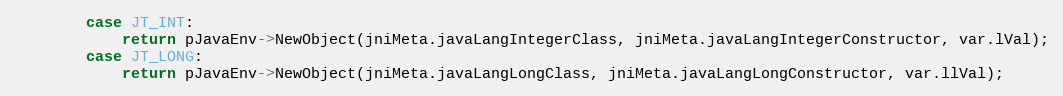
Language: C++
		case JT_INT:
			return pJavaEnv->NewObject(jniMeta.javaLangIntegerClass, jniMeta.javaLangIntegerConstructor, var.lVal);
		case JT_LONG:
			return pJavaEnv->NewObject(jniMeta.javaLangLongClass, jniMeta.javaLangLongConstructor, var.llVal);